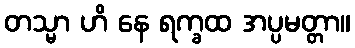
တသ္မာ ဟိ နေ ရက္ခထ အပ္ပမတ္တာ။